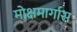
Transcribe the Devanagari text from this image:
मोक्षमार्गास